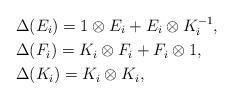
LaTeX: \begin{align*}&\Delta(E_i)=1\otimes E_i+E_i\otimes K_i^{-1},\\&\Delta(F_i)=K_i\otimes F_i+F_i\otimes 1,\\&\Delta(K_i)=K_i\otimes K_i,\end{align*}